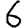
Digit: 6